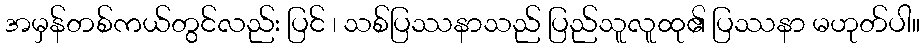
အမှန်တစ်ကယ်တွင်လည်း ပြင် ၊ သစ်ပြဿနာသည် ပြည်သူလူထု၏ ပြဿနာ မဟုတ်ပါ။